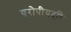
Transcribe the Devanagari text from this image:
यूरोपीयदृष्टि